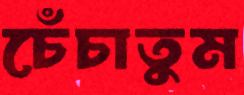
চেঁচাতুম